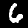
Label: 6